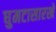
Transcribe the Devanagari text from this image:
घुमटासारखे